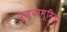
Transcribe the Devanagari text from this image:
पुण्याभूमिला